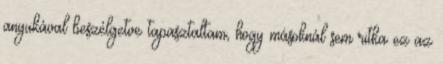
anyukával beszélgetve tapasztaltam, hogy másoknál sem ritka ez az